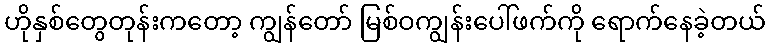
ဟိုနှစ်တွေတုန်းကတော့ ကျွန်တော် မြစ်ဝကျွန်းပေါ်ဖက်ကို ရောက်နေခဲ့တယ်